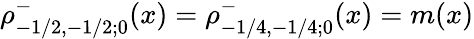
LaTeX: \rho_{-1/2,-1/2;0}^{-}(x)=\rho_{-1/4,-1/4;0}^{-}(x)=m(x)